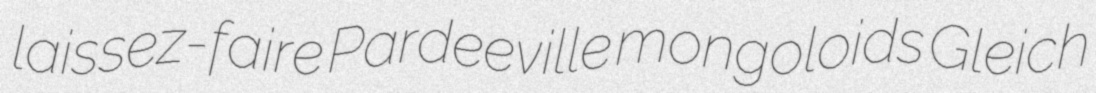
laissez-faire Pardeeville mongoloids Gleich